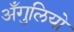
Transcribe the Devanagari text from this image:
अँगुलियो